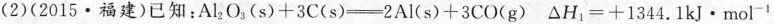
(2)(2015·福建)已知：$$A l _ { 2 } O _ { 3 } ( s ) + 3 C ( s ) = 2 A l ( s ) + 3 C O ( g )$$